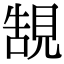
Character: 𧠼